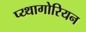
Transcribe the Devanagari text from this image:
प्य्थागोरियन